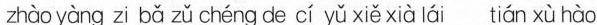
zhào yàng zi bǎ zǔ chéng de cí yǔ xiě xià lái tián xù hào